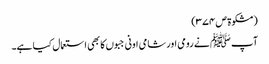
(مشکوۃ ص ۳۷۴)
آپ ﷺ نے رومی اور شامی اونی جبوں کا بھی استعمال کیا ہے۔